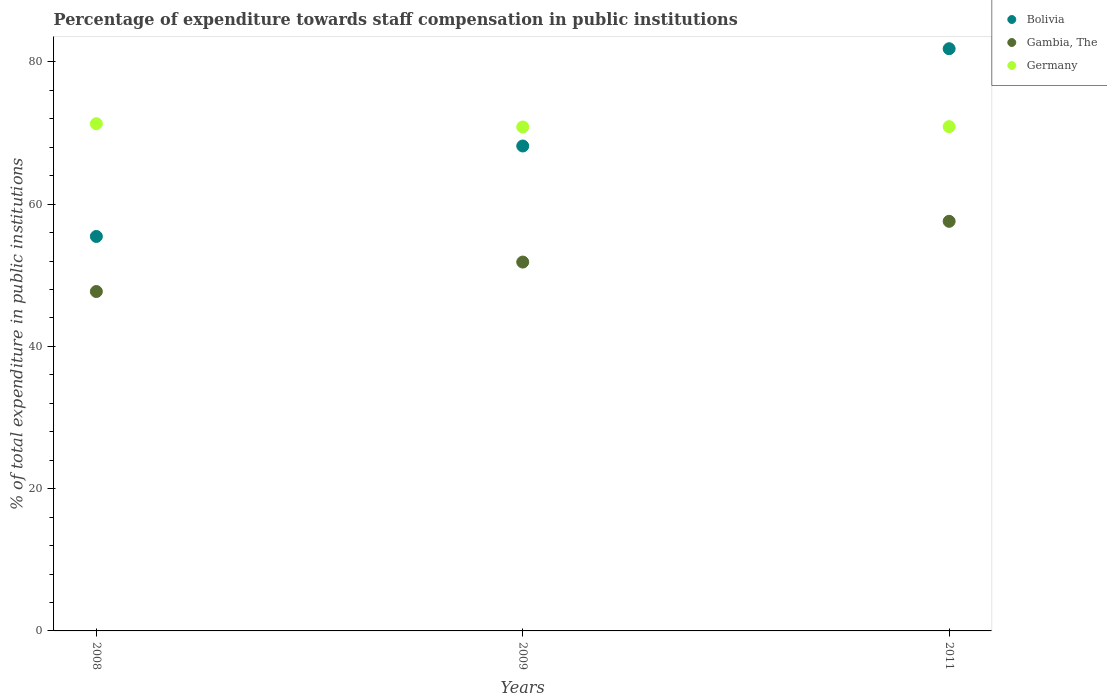
| Years | Bolivia | Gambia, The | Germany |
 | --- | --- | --- | --- |
 | 2008 | 55.5 | 47.7 | 71.3 |
 | 2009 | 68.2 | 51.9 | 70.8 |
 | 2011 | 81.8 | 57.6 | 70.9 |